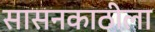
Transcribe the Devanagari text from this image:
सासनकाठीला